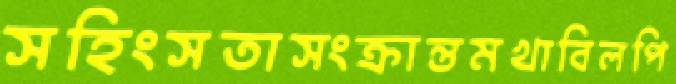
সহিংসতাসংক্রান্তমখাবিলপি